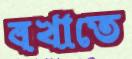
বখাতে